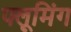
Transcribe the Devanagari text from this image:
फ्लूमिंग